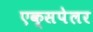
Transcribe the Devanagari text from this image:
एक्सपेलर